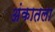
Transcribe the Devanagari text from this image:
अंकातला